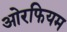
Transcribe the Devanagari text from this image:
ओरफियम